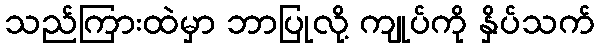
သည်ကြားထဲမှာ ဘာပြုလို့ ကျုပ်ကို နှိပ်သက်